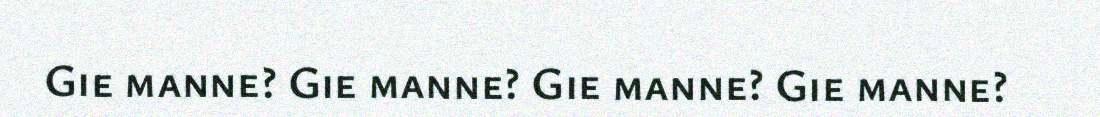
Gie manne? Gie manne? Gie manne? Gie manne?